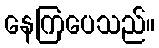
နေကြပေသည်။